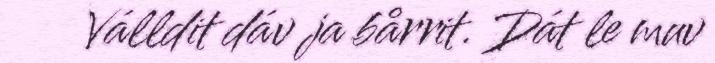
Válldit dáv ja bårrit. Dát le muv